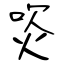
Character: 焁